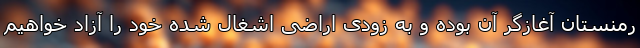
رمنستان آغازگر آن بوده و به زودی اراضی اشغال شده خود را آزاد خواهیم